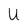
Character: U